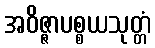
အဝိဇ္ဇာပစ္စယသုတ္တံ